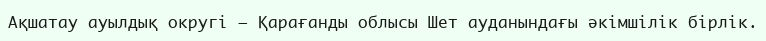
Ақшатау ауылдық округі – Қарағанды облысы Шет ауданындағы әкімшілік бірлік.